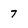
Character: 7